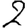
Digit: 2